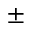
\pm